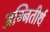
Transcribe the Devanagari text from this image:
अग्‍नितीर्थ